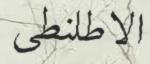
الاطلنطى